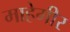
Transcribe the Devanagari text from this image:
माहेगीर